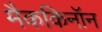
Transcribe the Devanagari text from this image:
मैककिनॉन